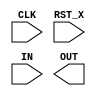
module TOP(CLK, RST_X, IN, OUT);
  input CLK, RST_X;
  input [7:0] IN;
  output [7:0] OUT;
  reg [7:0] OUT;

  reg [7:0] mem [0:255];
  
  genvar i;
  generate for(i=0; i<4; i=i+1) begin
    always @(posedge CLK) begin
      mem[IN][2*(i+1)-1:2*i] <= mem[IN][2*(i+1)-1:2*i] + 2'b1;
    end
  end endgenerate
  
endmodule